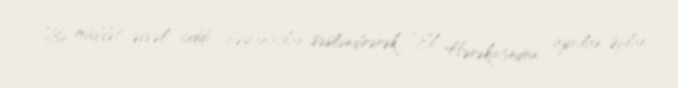
Bir müddət əvvəl ciddi bəyanatlar səsləndirərək “El” Hərəkatından ayrılan Əflan